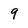
Character: 9